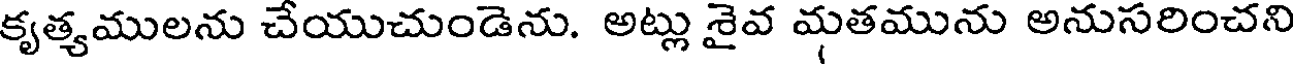
కృత్యములను చేయుచుండెను. అట్లు శైవ మతమును అనుసరించని